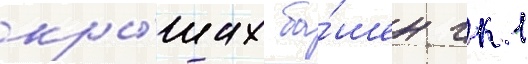
кры́шах ба́шен гк 1